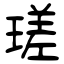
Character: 瑳